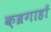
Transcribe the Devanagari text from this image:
क़ब्रगाहों